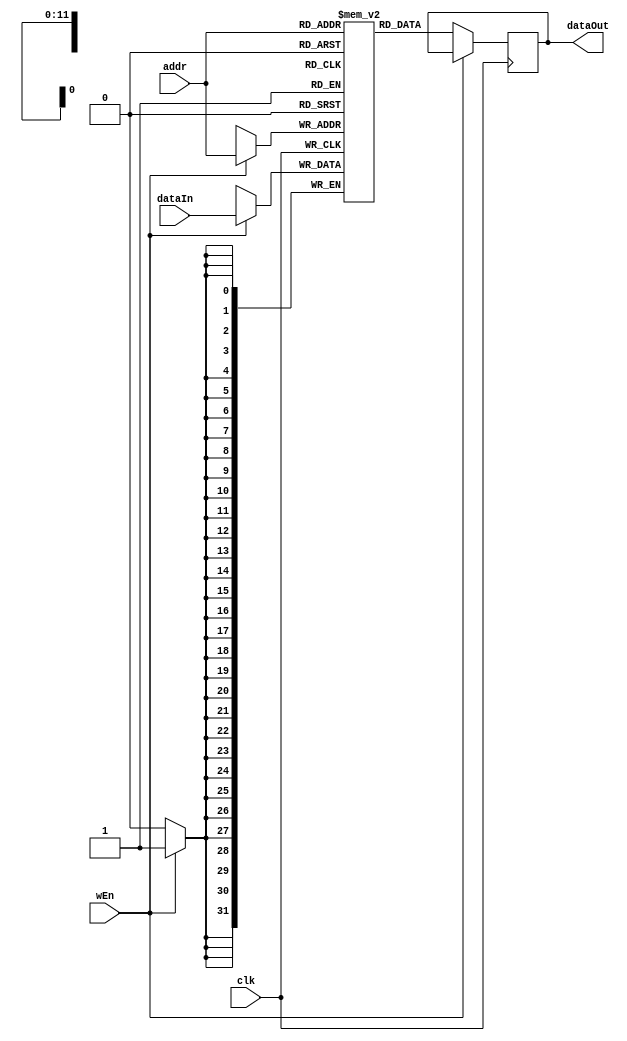
`timescale 1ns / 1ps
module RAM #( parameter DATA_WIDTH = 32, ADDRESS_WIDTH = 12, DEPTH = 4096) (
    input wire                     clk,
    input wire                     wEn,
    input wire [ADDRESS_WIDTH-1:0] addr,
    input wire [DATA_WIDTH-1:0]    dataIn,
    output reg [DATA_WIDTH-1:0]    dataOut = 0);
    
    reg[DATA_WIDTH-1:0] MemoryArray[0:DEPTH-1];
    
    integer i;
    initial begin
        for (i = 0; i < DEPTH; i = i + 1) begin
            MemoryArray[i] <= 0;
        end
        /* Pauli XA */
        MemoryArray[1002] <= 32'd4096; /*1*/
        MemoryArray[1007] <= 32'd4096;
        MemoryArray[1008] <= 32'd4096;
        MemoryArray[1013] <= 32'd4096;
        
        /* Pauli YA */
        MemoryArray[1102] <= 32'd4294963200; /*-1*/
        MemoryArray[1107] <= 32'd4294963200;
        MemoryArray[1108] <= 32'd4096;
        MemoryArray[1113] <= 32'd4096;
        
        /* Pauli ZA */
        MemoryArray[1200] <= 32'd4096;
        MemoryArray[1205] <= 32'd4096;
        MemoryArray[1210] <= 32'd4294963200;
        MemoryArray[1215] <= 32'd4294963200;
        
        /* HA */
        MemoryArray[1300] <= 32'd2896; /*1/sqrt2*/
        MemoryArray[1302] <= 32'd2896;
        MemoryArray[1305] <= 32'd2896;
        MemoryArray[1307] <= 32'd2896;
        MemoryArray[1308] <= 32'd2896;
        MemoryArray[1310] <= 32'd4294964400; /*-1/sqrt2*/
        MemoryArray[1313] <= 32'd2896;
        MemoryArray[1315] <= 32'd4294964400;
        
        
        
        // if(MEMFILE > 0) begin
        //     $readmemh(MEMFILE, MemoryArray);
        // end
    end
    
    always @(posedge clk) begin
        if(wEn) begin
            MemoryArray[addr] <= dataIn;
        end else begin
            dataOut <= MemoryArray[addr];
        end
    end
endmodule